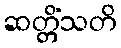
ဆတ္တိံသတိ